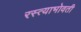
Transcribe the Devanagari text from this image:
रस्त्याभोवती